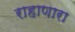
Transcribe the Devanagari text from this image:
राहाणारा